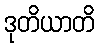
ဒုတိယာတိ